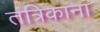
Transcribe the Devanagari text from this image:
तंत्रिकाना